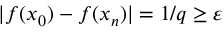
| f ( x _ { 0 } ) - f ( x _ { n } ) | = 1 / q \geq \varepsilon \quad